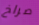
صراخ